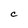
Character: C